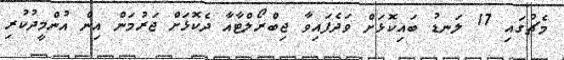
މެޗުގައި 17 ލަނޑު ބައިކޮޅަށް ވަދެފައިވާ ޖިބްރޯލްޓާއާ ދެކޮޅަށް ޖަރުމަން އިން އުންމީދުކުރި